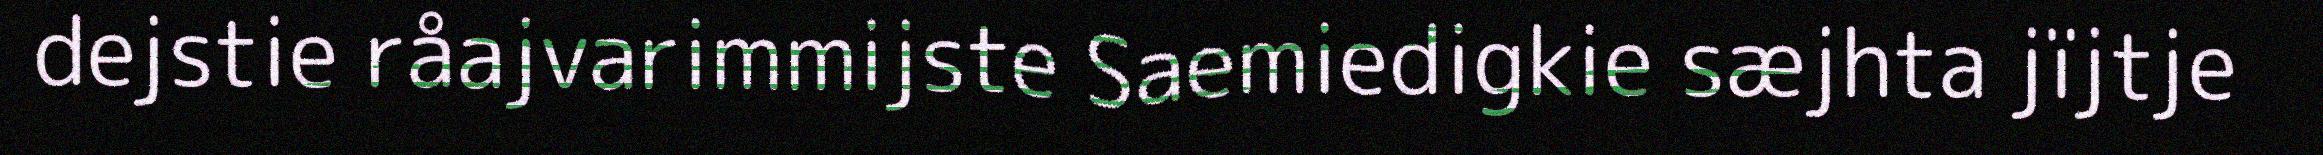
dejstie råajvarimmijste Saemiedigkie sæjhta jïjtje